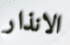
الانذار